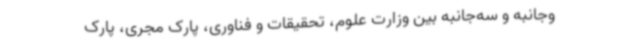
وجانبه و سه‌جانبه بین وزارت علوم، تحقیقات و فناوری، پارک مجری، پارک